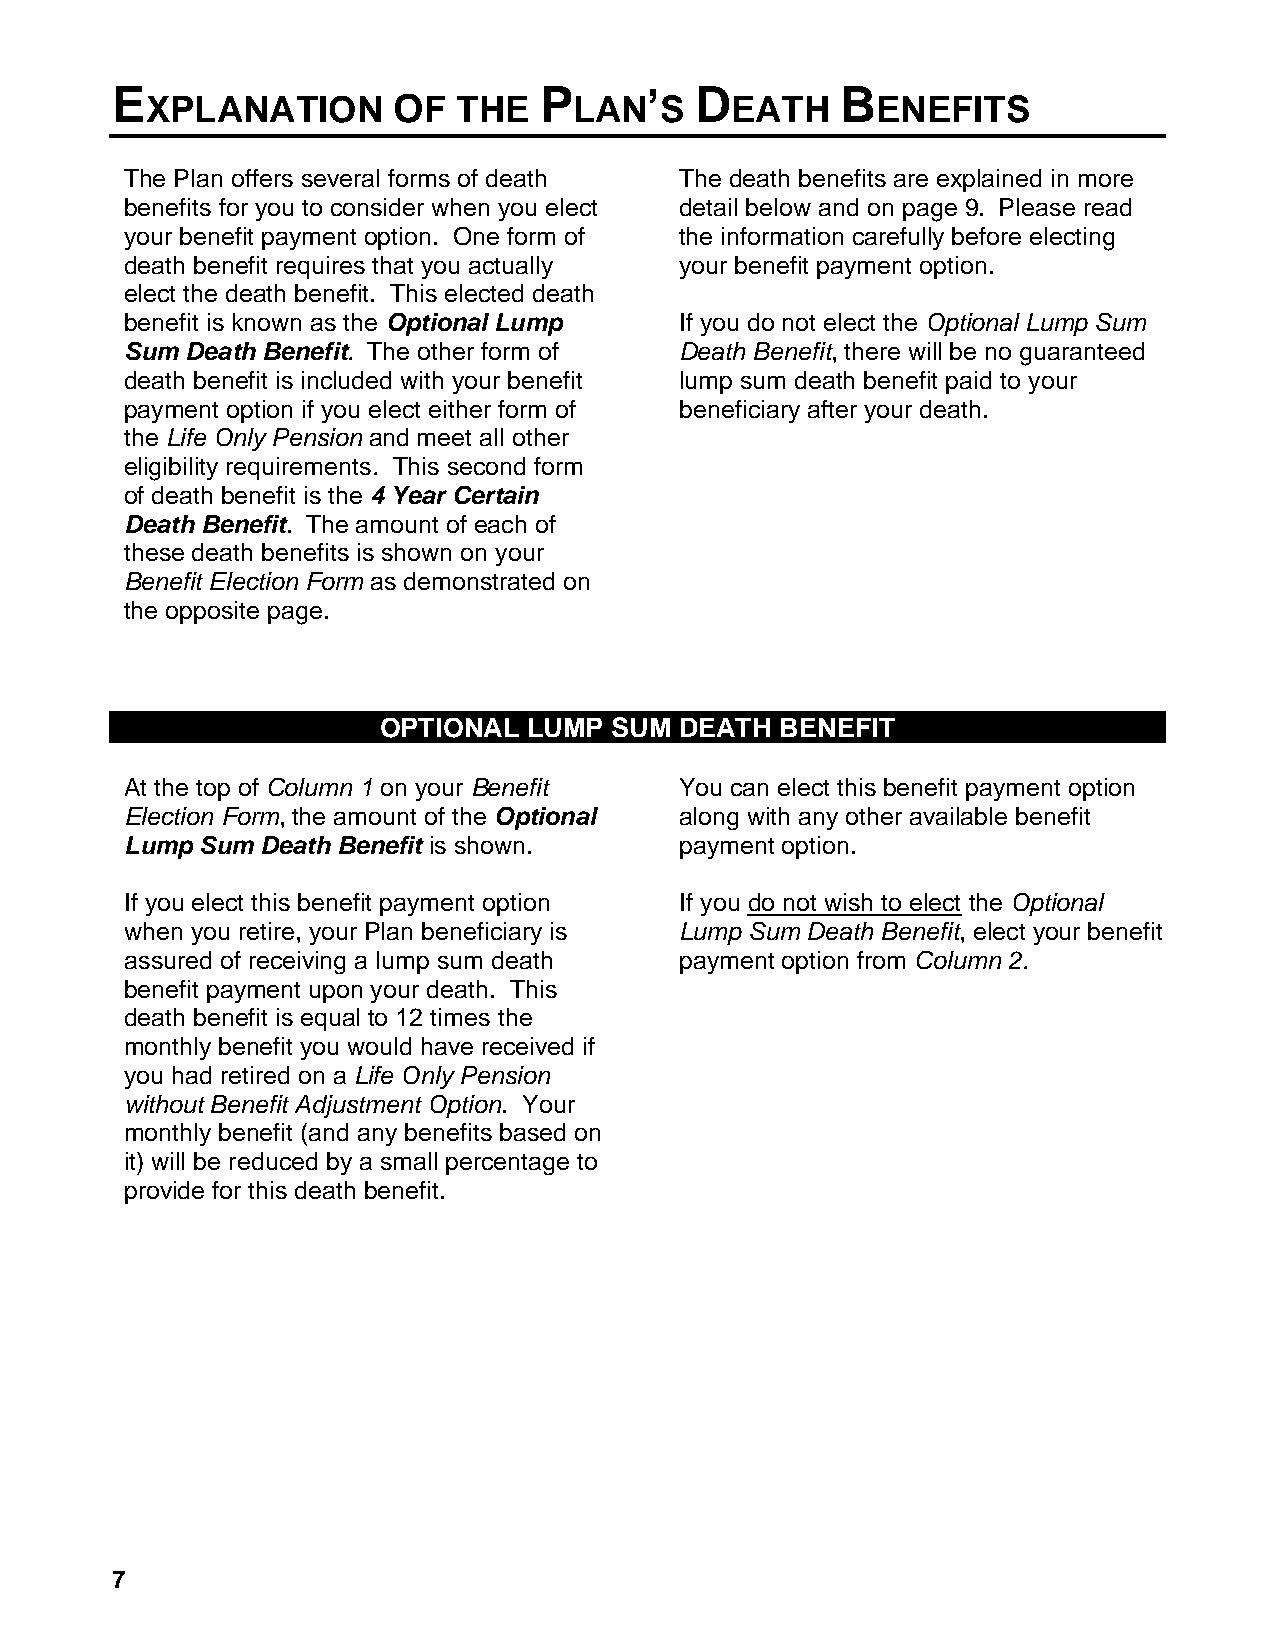
E  XPLANATION      OF  THE   P LAN’  S D EATH    B ENEFITS
 The Plan offers several forms of death The death benefits are explained in more
 benefits for you to consider when you elect detail below and on page 9. Please read
 your benefit payment option. One form of the information carefully before electing
 death benefit requires that you actually your benefit payment option.
 elect the death benefit. This elected death
 benefit is known as the Optional Lump If you do not elect the Optional Lump Sum
 Sum Death Benefit. The other form of Death Benefit, there will be no guaranteed
 death benefit is included with your benefit lump sum death benefit paid to your
 payment option if you elect either form of beneficiary after your death.
 the Life Only Pension and meet all other
 eligibility requirements. This second form
 of death benefit is the 4 Year Certain
 Death Benefit. The amount of each of
 these death benefits is shown on your
 Benefit Election Form as demonstrated on
 the opposite page.
 OPTIONAL  LUMP SUM  DEATH  BENEFIT
 At the top of Column 1 on your Benefit You can elect this benefit payment option
 Election Form, the amount of the Optional along with any other available benefit
 Lump Sum Death Benefit is shown.     payment option.
 If you elect this benefit payment option If you do not wish to elect the Optional
 when you retire, your Plan beneficiary is Lump Sum Death Benefit, elect your benefit
 assured of receiving a lump sum death payment option from Column 2.
 benefit payment upon your death. This
 death benefit is equal to 12 times the
 monthly benefit you would have received if
 you had retired on a Life Only Pension
 without Benefit Adjustment Option. Your
 monthly benefit (and any benefits based on
 it) will be reduced by a small percentage to
 provide for this death benefit.
 7